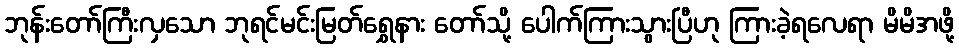
ဘုန်းတော်ကြီးလှသော ဘုရင်မင်းမြတ်ရွှေနား တော်သို့ ပေါက်ကြားသွားပြီဟု ကြားခဲ့ရလေရာ မိမိအဖို့